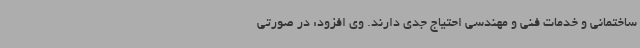
ساختمانی و خدمات فنی و مهندسی احتیاج جدی دارند. وی افزود: در صورتی